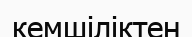
кемшіліктен